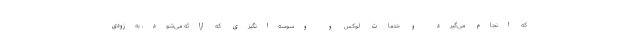
که انجام می‌گیرد و خدمات لوکس و وسوسه‌انگیزی که ارائه می‌شود، به‌زودی